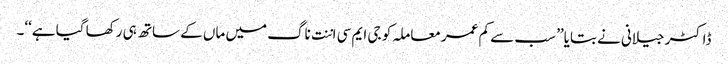
ڈاکٹر جیلانی نے بتایا’’ سب سے کم عمر معاملہ کو جی ایم سی اننت ناگ میں ماں کے ساتھ ہی رکھا گیا ہے‘‘۔